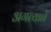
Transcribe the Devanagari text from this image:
अगत्याने